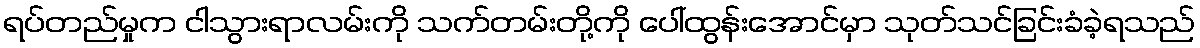
ရပ်တည်မှုက ငါသွားရာလမ်းကို သက်တမ်းတို့ကို ပေါ်ထွန်းအောင်မှာ သုတ်သင်ခြင်းခံခဲ့ရသည်